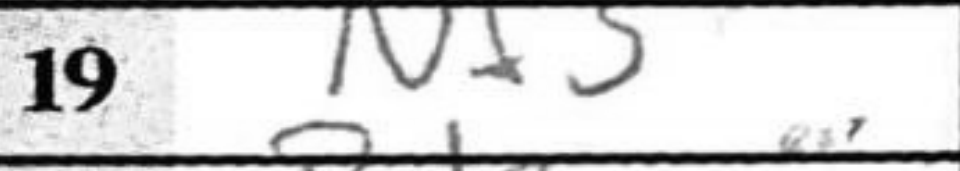
Transcription: Nf3